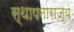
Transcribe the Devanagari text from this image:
स्थापनाराज्य